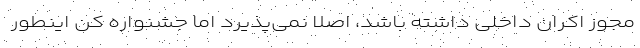
مجوز اکران داخلی داشته باشد، اصلا نمی‌پذیرد اما جشنواره کن اینطور